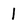
Character: 1